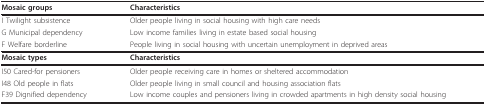
<table><thead><tr><td><b>Mosaic groups</b></td><td><b>Characteristics</b></td></tr></thead><tbody><tr><td>I Twilight subsistence</td><td>Older people living in social housing with high care needs</td></tr><tr><td>G Municipal dependency</td><td>Low income families living in estate based social housing</td></tr><tr><td>F Welfare borderline</td><td>People living in social housing with uncertain unemployment in deprived areas</td></tr><tr><td><b>Mosaic types</b></td><td><b>Characteristics</b></td></tr><tr><td>I50 Cared-for pensioners</td><td>Older people receiving care in homes or sheltered accommodation</td></tr><tr><td>I48 Old people in flats</td><td>Older people living in small council and housing association flats</td></tr><tr><td>F39 Dignified dependency</td><td>Low income couples and pensioners living in crowded apartments in high density social housing</td></tr></tbody></table>